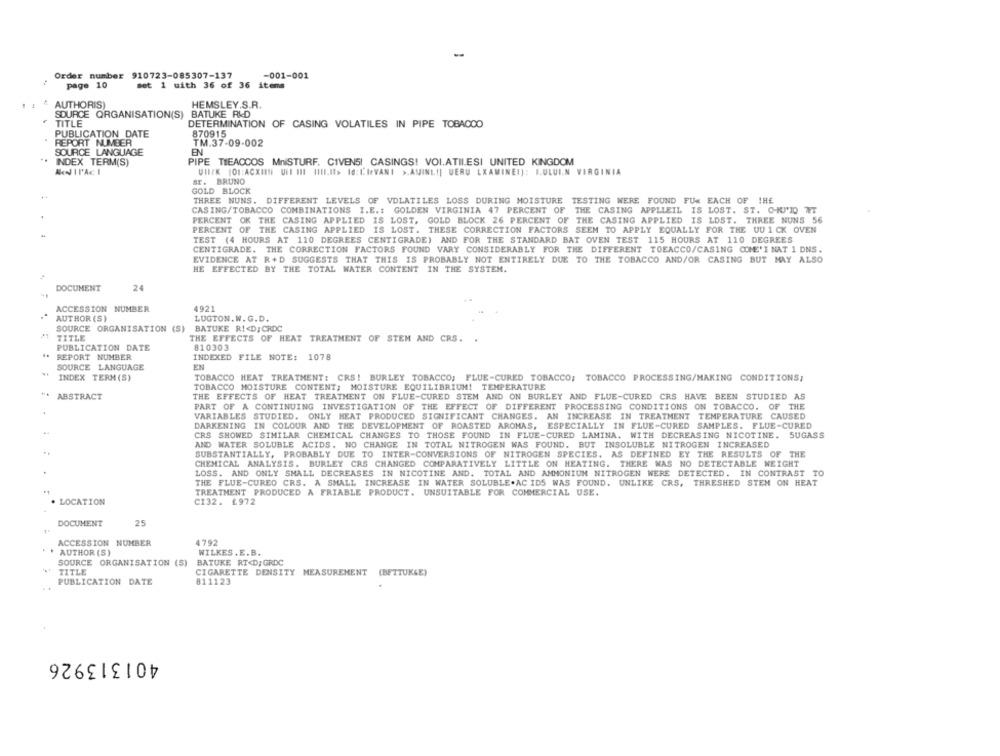
Order number 910723-085307-137
-001-001
page 10
set 1 uith 36 of 36 items
AUTHORIS)
HEMSLEY.S.R.
BATUKE R&D
TITLE
SOURCE ORGANISATION(S)
DETERMINATION OF CASING VOLATILES IN PIPE TOBACCO
PUBLICATION DATE
870915
REPORT NUMBER
TM.37-09-002
SOURCE LANGUAGE
EN
INDEX TERM(S)
PIPE THEACCOS MniSTURF. CIVENS! CASINGS! VOI.ATILESI UNITED KINGDOM
UNIEK |01:ACXIEN ULI III (III.I> Id:L'IrVANI >.AMINE.I] UERU LXAMINEI]: I.ULUIN VIRGINIA
sr. BRUNO
GOLD BLOCK
THREE NUNS. DIFFERENT LEVELS OF VOLATILES LOSS DURING MOISTURE TESTING WERE FOUND FU« EACH OF THE
CASING/TOBACCO COMBINATIONS I.E .: GOLDEN VIRGINIA 47 PERCENT OF THE CASING APPLIEIL IS LOST. ST. C-RJ'TO WET
PERCENT OK THE CASING APPLIED IS LOST, GOLD BLOCK 26 PERCENT OF THE CASING APPLIED IS LOST. THREE NUNS 56
PERCENT OF THE CASING APPLIED IS LOST. THESE CORRECTION FACTORS SEEM TO APPLY EQUALLY FOR THE UU 1 CK OVEN
TEST (4 HOURS AT 110 DEGREES CENTIGRADE) AND FOR THE STANDARD BAT OVEN TEST 115 HOURS AT 110 DEGREES
CENTIGRADE. THE CORRECTION FACTORS FOUND VARY CONSIDERABLY FOR THE DIFFERENT TOEACCO/CASING COME'E NAT 1 DNS.
EVIDENCE AT R+D SUGGESTS THAT THIS IS PROBABLY NOT ENTIRELY DUE TO THE TOBACCO AND/OR CASING BUT MAY ALSO
HE EFFECTED BY THE TOTAL WATER CONTENT IN THE SYSTEM.
DOCUMENT
24
ACCESSION NUMBER
4921
AUTHOR (S)
LUGTON.W. G.D.
SOURCE ORGANISATION (S) BATUKE R !< D;CRDC
TITLE
THE EFFECTS OF HEAT TREATMENT OF STEM AND CRS. .
PUBLICATION DATE
810303
REPORT NUMBER
INDEXED FILE NOTE: 1078
SOURCE LANGUAGE
EN
INDEX TERM (S)
TOBACCO HEAT TREATMENT: CRS! BURLEY TOBACCO; FLUE-CURED TOBACCO; TOBACCO PROCESSING/MAKING CONDITIONS;
TOBACCO MOISTURE CONTENT; MOISTURE EQUILIBRIUM! TEMPERATURE
ABSTRACT
THE EFFECTS OF HEAT TREATMENT ON FLUE-CURED STEM AND ON BURLEY AND FLUE-CURED CRS HAVE BEEN STUDIED AS
PART OF A CONTINUING INVESTIGATION OF THE EFFECT OF DIFFERENT PROCESSING CONDITIONS ON TOBACCO. OF THE
VARIABLES STUDIED. ONLY HEAT PRODUCED SIGNIFICANT CHANGES. AN INCREASE IN TREATMENT TEMPERATURE CAUSED
DARKENING IN COLOUR AND THE DEVELOPMENT OF ROASTED AROMAS, ESPECIALLY IN FLUE-CURED SAMPLES. FLUE-CURED
CRS SHOWED SIMILAR CHEMICAL CHANGES TO THOSE FOUND IN FLUE-CURED LAMINA. WITH DECREASING NICOTINE. SUGASS
AND WATER SOLUBLE ACIDS. NO CHANGE IN TOTAL NITROGEN WAS FOUND. BUT INSOLUBLE NITROGEN INCREASED
SUBSTANTIALLY, PROBABLY DUE TO INTER-CONVERSIONS OF NITROGEN SPECIES. AS DEFINED EY THE RESULTS OF THE
CHEMICAL ANALYSIS. BURLEY CRS CHANGED COMPARATIVELY LITTLE ON HEATING. THERE WAS NO DETECTABLE WEIGHT
LOSS. AND ONLY SMALL DECREASES IN NICOTINE AND. TOTAL AND AMMONIUM NITROGEN WERE DETECTED. IN CONTRAST TO
THE FLUE-CUREO CRS. A SMALL INCREASE IN WATER SOLUBLE.AC IDS WAS FOUND. UNLIKE CRS, THRESHED STEN ON HEAT
TREATMENT PRODUCED A FRIABLE PRODUCT. UNSUITABLE FOR COMMERCIAL USE.
. LOCATION
CI32. £972
DOCUMENT
25
ACCESSION NUMBER
4792
AUTHOR (S)
WILKES. E.B.
SOURCE ORGANISATION (S) BATUKE RT<D; GRDC
TITLE
CIGARETTE DENSITY MEASUREMENT (BETTUKSE)
PUBLICATION DATE
811123
401313926